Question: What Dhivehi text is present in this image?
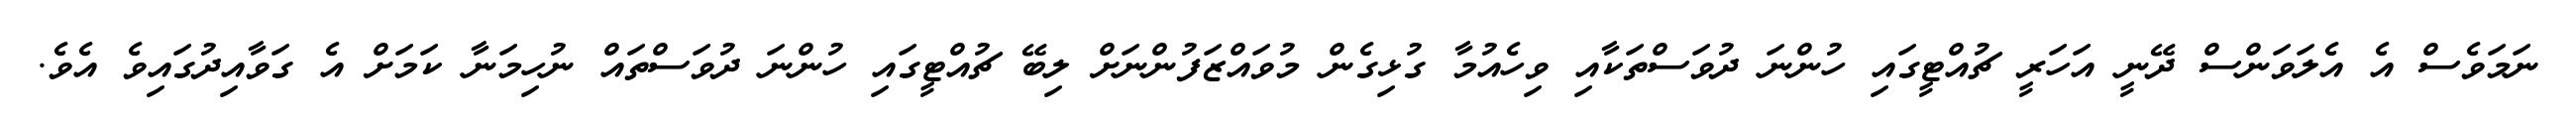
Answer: ނަމަވެސް އެ އެލަވަންސް ދޭނީ އަހަރީ ޗުއްޓީގައި ހުންނަ ދުވަސްތަކާއި ވިހެއުމާ ގުޅިގެން މުވައްޒަފުންނަށް ލިބޭ ޗުއްޓީގައި ހުންނަ ދުވަސްތައް ނުހިމަނާ ކަމަށް އެ ގަވާއިދުގައިވެ އެވެ.